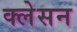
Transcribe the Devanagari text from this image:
क्‍लेसन